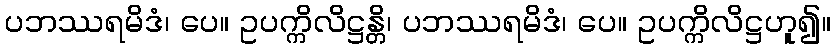
ပဘဿရမိဒံ၊ ပေ။ ဥပက္ကိလိဋ္ဌန္တိ၊ ပဘဿရမိဒံ၊ ပေ။ ဥပက္ကိလိဋ္ဌဟူ၍။